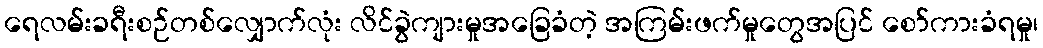
ရေလမ်းခရီးစဉ်တစ်လျှောက်လုံး လိင်ခွဲကျားမှုအခြေခံတဲ့ အကြမ်းဖက်မှုတွေအပြင် စော်ကားခံရမှု၊